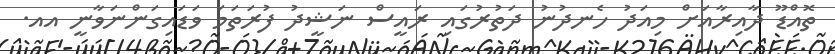
ތޮއްޑޫ ދާއިރާއަށް މިއަދު ހެނދުނު ދަތުރުގައި ރައީސް ނަޝީދު ފުރަތަމަ ވަޑައިގަންނަވާނީ އއ.